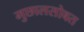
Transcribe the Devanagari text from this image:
मुछालसोबत